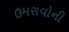
ઉમરાવોની